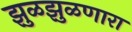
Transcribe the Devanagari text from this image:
झुळझुळणारा